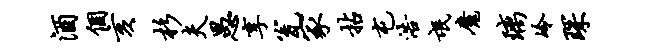
酒个亥杉夫愚享瓮冢拈屯浩氓魔璃冷琛